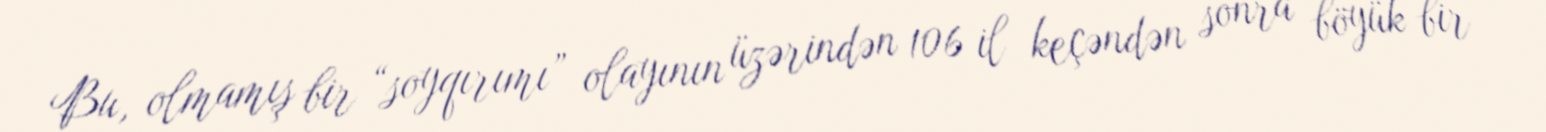
Bu, olmamış bir “soyqırımı” olayının üzərindən 106 il keçəndən sonra böyük bir